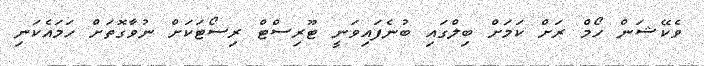
ވެކޭޝަން ހޯމް ރަށް ކަމަށް ބިލްގައި ބުނެފައިވަނީ ޓޫރިސްޓް ރިސޯޓަކަށް ނުވާގޮތަށް ހަމައެކަނި